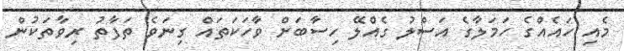
މެއި ހައެއްގެ ހަމަލާގެ އަސްލު ގެއްލޭ ހިސާބަށް ވާހަކަތައް ގިނަވެ ތަފާތު ރިވާތަކުން